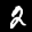
Label: 2